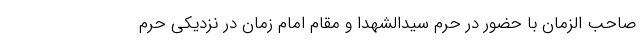
صاحب الزمان با حضور در حرم سیدالشهدا و مقام امام زمان در نزدیکی حرم